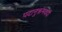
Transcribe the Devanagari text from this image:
पदानुक्रमवादी